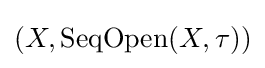
(X,\operatorname {SeqOpen} (X,\tau ))